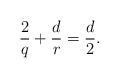
LaTeX: \begin{align*}\frac{2}{q} + \frac{d}{r} = \frac{d}{2}.\end{align*}